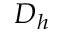
D _ { h }